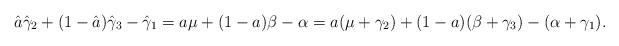
LaTeX: \begin{align*} \hat{a}\hat{\gamma}_2 +(1-\hat{a})\hat{\gamma}_3-\hat{\gamma}_1=a\mu +(1-a)\beta-\alpha=a(\mu+\gamma_2) +(1-a)(\beta+\gamma_3)-(\alpha+\gamma_1). \end{align*}